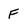
Character: F